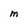
Character: m